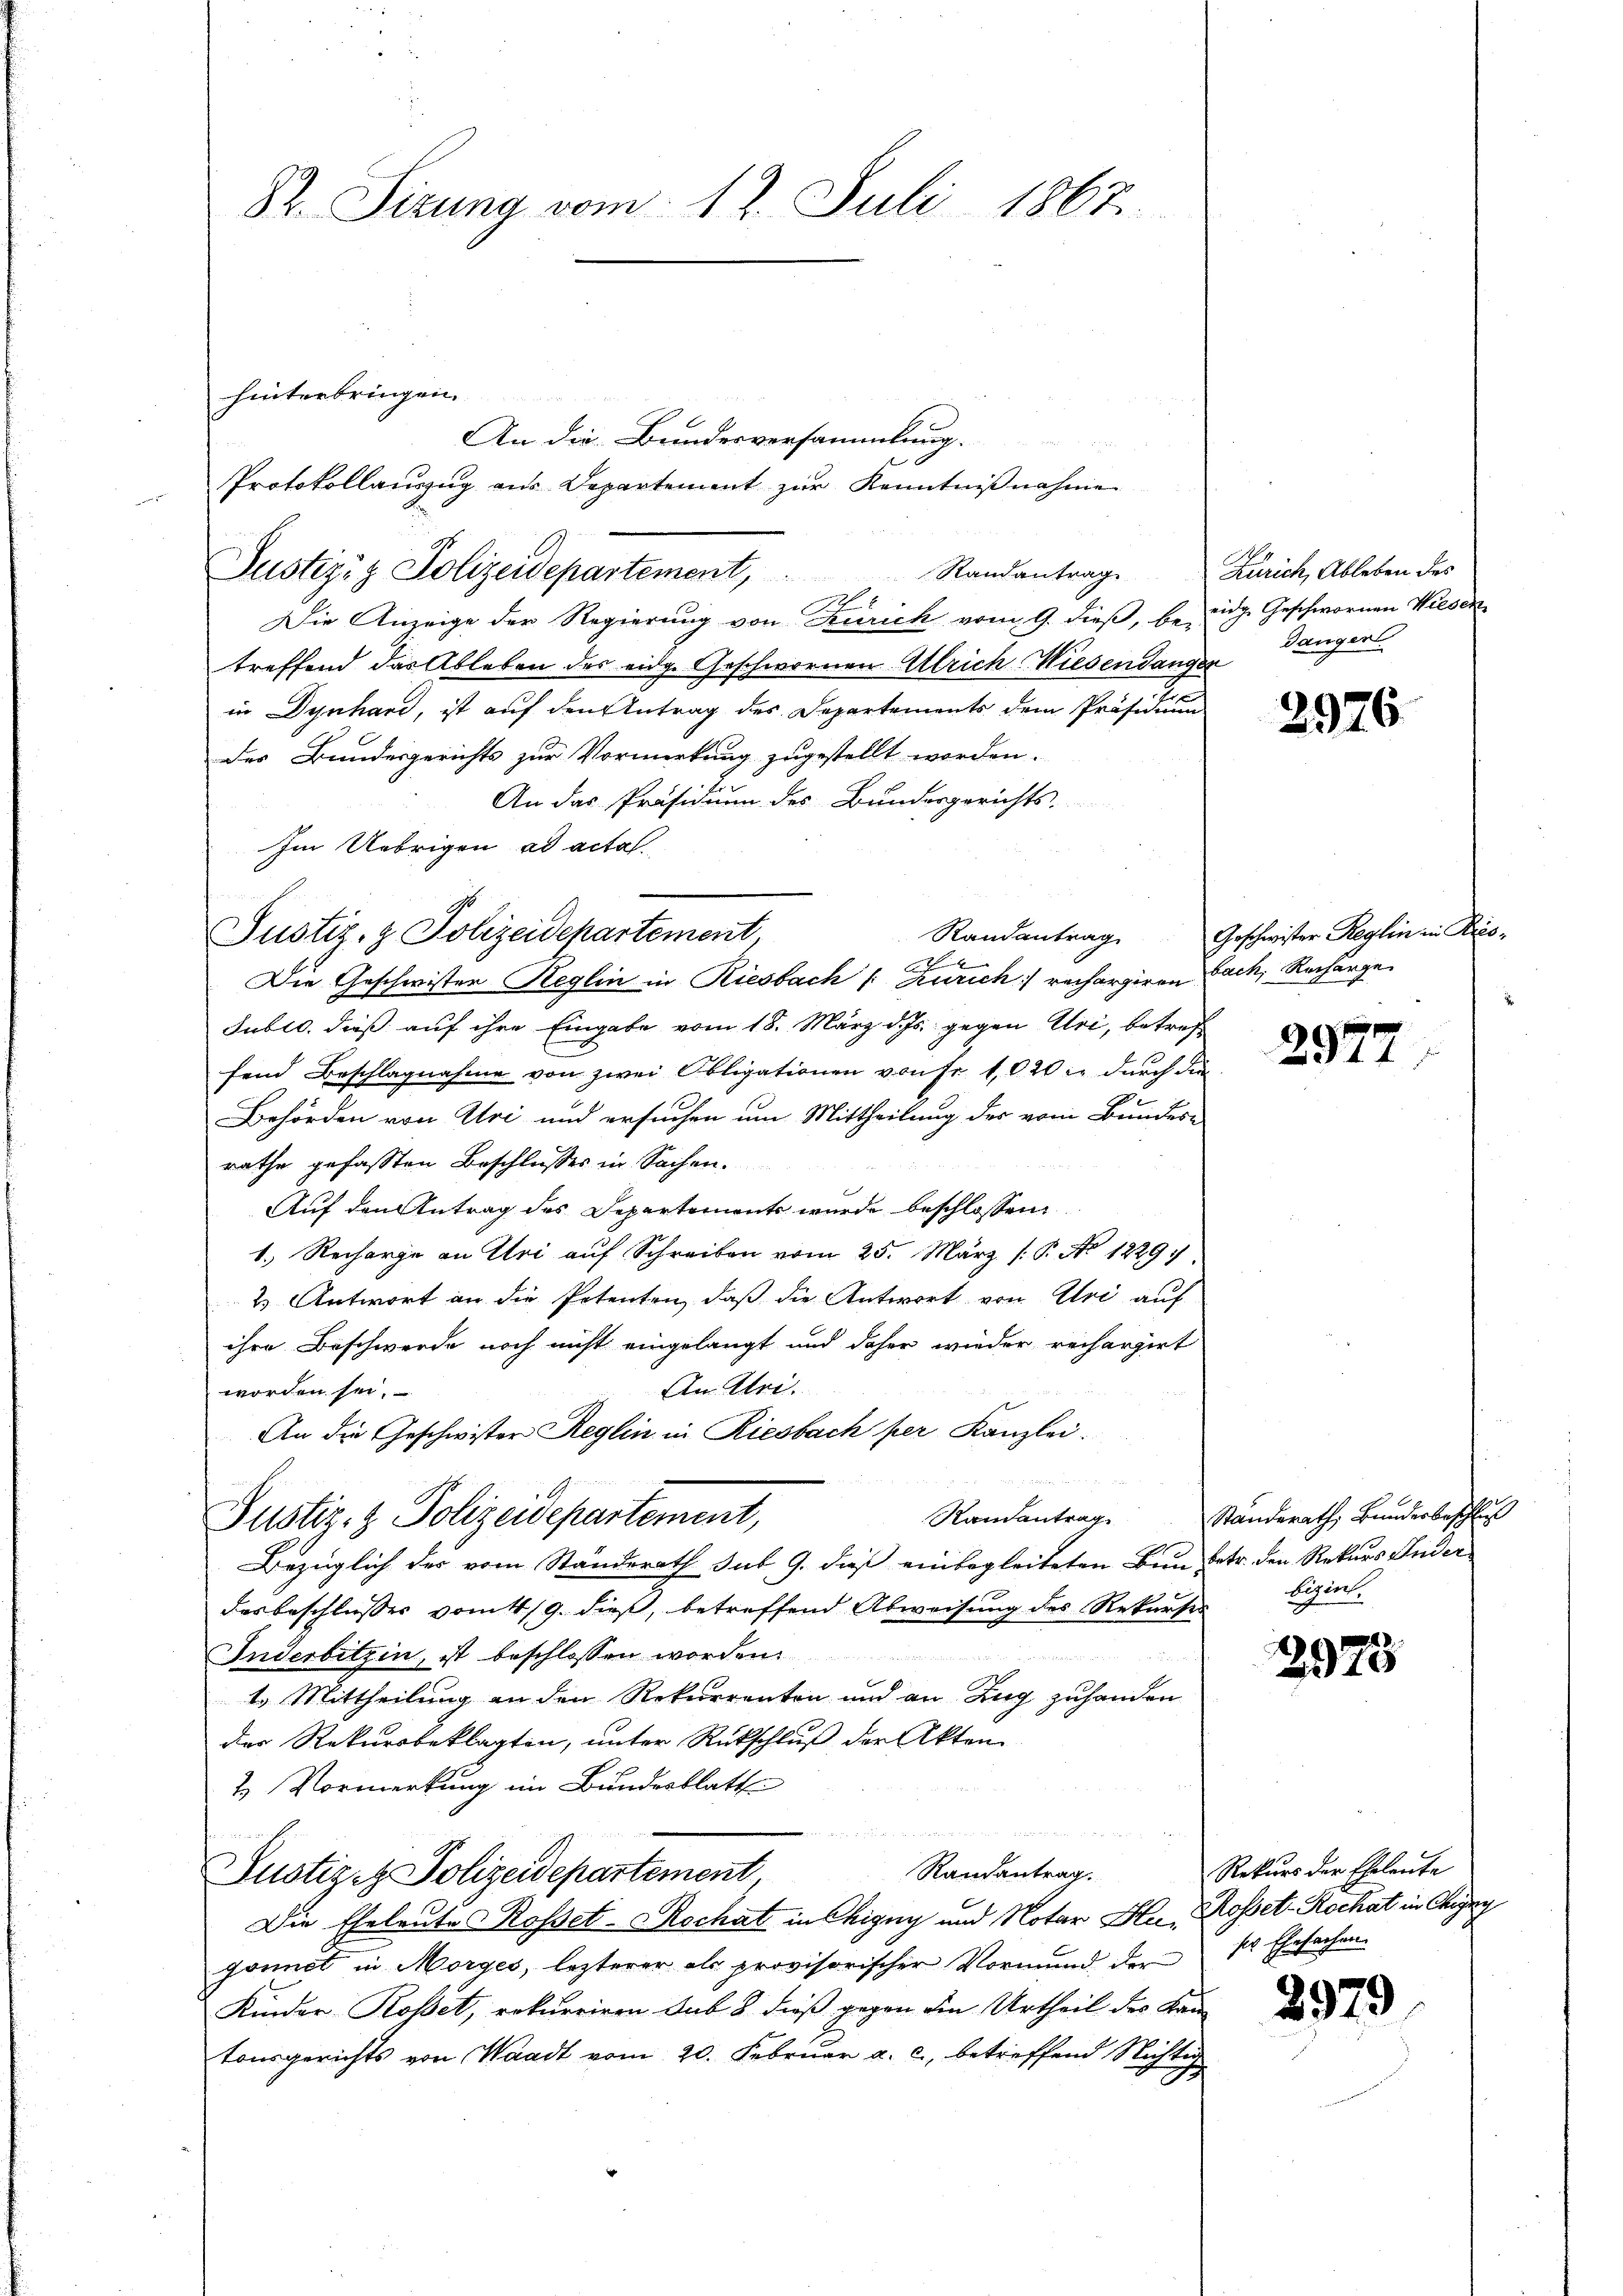
St. Sirung vom 17. Juli 1867.

hinterbringen.
An die Bundesversammlung.
Protokollauszug aus Departement zur Kenntniβnahme
Justiz- & Polizeidepartement, Randantrag Zürich, Ableben des
Die Anzeige der Regierung von Zürich vom 9. dieß, be eidg. Geschwornen Wiesentreffend der Ableben des eidge Geschwornen Ulrich Wiesendanger
in Dynhard, ist auf den Antrag des Departements dem Präsidium
des Bundesgerichts zur Vormerkung zugestellt worden.
An das Präsidium des Bundesgerichts.
Im Uebrigen ad acta.
Die Geschwister Reglin in Riesbach /: Zürich rechargiren Fach, Recharge
Sublo. dieß auf ihre Eingabe vom 18. März d. Js. gegen Uri, betreffend Beschlagnahme von zwei Obligationen von Fr. 1020 in durch die
Behörden von Uri und ersuchen um Mittheilung des vom Bundes-
rathe gefassten Beschlusses in Sachen.
Auf den Antrag des Departements wurde beschlossen
1.) Recharge an Uri auf Schreiben vom 25. März (P. No 12297.
2 Antwort an die Petenten, daß die Antwort von Uri auf
ihre Beschwerde noch nicht eingelangt und daher wieder rechargirt
An Uri.
worden sei.
An die Geschwister Reglin in Riesbach per Kanzlei.
Randantrag
Justiz- & Polizeidepartement,
Bezüglich des vom Ständerath sub 9. dieß einbegleiteten Bun betr. den Rekurs Ander
das beschliesses vom 4/9. dieß, betreffend Abweisung des Rekurses bizens,
Inderbitzin, ist beschlossen worden.
1. Mittheilung an den Rekurrenten und an Zug zuhanden
der Rekursbeklagten, unter Rückschluß der Akten
2. Vormerkung im Bundesblatt
Randantrag.
Zustiz z. Polizeidepartement
Die Eheleute Rosset-Rochat in Chigny und Notar Hr. Rosset-Rochat in Chigny
gonnet in Morges, lezterer als provisorischer Vormund der sr. Ehesachen
Kinder Rosset, rekurriren sub 8 dieß gegen die Urtheil des Kantonsgerichts von Waadt vom 20. Februar a. c., betreffend Nichtig

Justiz- & Polizeidepartement,

Dänger.

2926.

Randantrag Geschwister Reglin in Kris

297

i

Standerath Bunderbeschlus

2975

Rekurs der Eheleute

2979